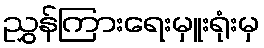
ညွှန်ကြားရေးမှူးရုံးမှ